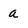
Character: a